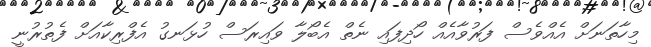
މިހާތަނަށް އެއްވެސް ފަރުވާއެއް ހޯދިފައި ނެތް އެބޯލާ ވައިރަސް ހުޅަނގު އެފްރިކާއަށް ފެތުރުނީ